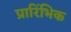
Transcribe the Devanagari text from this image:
प्रारिंभिक